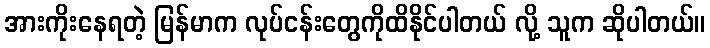
အားကိုးနေရတဲ့ မြန်မာက လုပ်ငန်းတွေကိုထိနိုင်ပါတယ် လို့ သူက ဆိုပါတယ်။